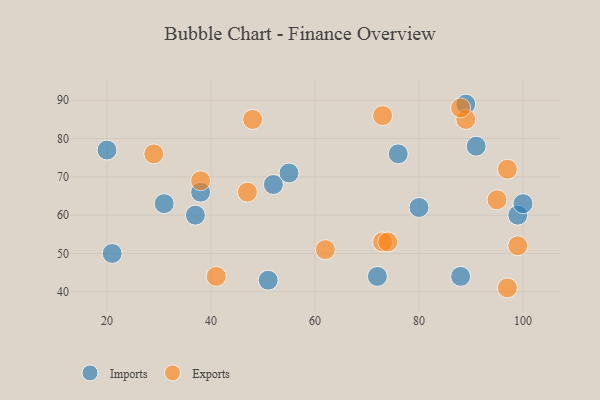
{"axis": {"x": "GDP", "y": "Life Expectancy"}, "legend": ["Exports", "Imports"], "data": [{"x": "38", "y": 66, "type": "Imports"}, {"x": "52", "y": 68, "type": "Imports"}, {"x": "80", "y": 62, "type": "Imports"}, {"x": "72", "y": 44, "type": "Imports"}, {"x": "31", "y": 63, "type": "Imports"}, {"x": "20", "y": 77, "type": "Imports"}, {"x": "21", "y": 50, "type": "Imports"}, {"x": "51", "y": 43, "type": "Imports"}, {"x": "76", "y": 76, "type": "Imports"}, {"x": "37", "y": 60, "type": "Imports"}, {"x": "91", "y": 78, "type": "Imports"}, {"x": "99", "y": 60, "type": "Imports"}, {"x": "100", "y": 63, "type": "Imports"}, {"x": "89", "y": 89, "type": "Imports"}, {"x": "55", "y": 71, "type": "Imports"}, {"x": "88", "y": 44, "type": "Imports"}, {"x": "95", "y": 64, "type": "Exports"}, {"x": "89", "y": 85, "type": "Exports"}, {"x": "41", "y": 44, "type": "Exports"}, {"x": "48", "y": 85, "type": "Exports"}, {"x": "47", "y": 66, "type": "Exports"}, {"x": "99", "y": 52, "type": "Exports"}, {"x": "97", "y": 41, "type": "Exports"}, {"x": "73", "y": 53, "type": "Exports"}, {"x": "88", "y": 88, "type": "Exports"}, {"x": "62", "y": 51, "type": "Exports"}, {"x": "29", "y": 76, "type": "Exports"}, {"x": "73", "y": 86, "type": "Exports"}, {"x": "97", "y": 72, "type": "Exports"}, {"x": "74", "y": 53, "type": "Exports"}, {"x": "38", "y": 69, "type": "Exports"}]}